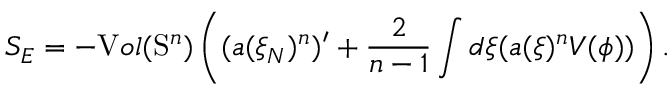
S _ { E } = - { \textnormal V o l } ( \mathrm { S } ^ { n } ) \left( ( a ( \xi _ { N } ) ^ { n } ) ^ { \prime } + \frac { 2 } { n - 1 } \int d \xi ( a ( \xi ) ^ { n } { \cal V } ( \phi ) ) \right) .